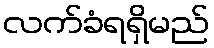
လက်ခံရရှိမည်